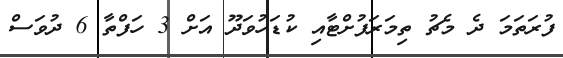
ފުރަތަމަ ދެ މެޗު ތިމަރަފުށްޓާއި ކުޑަހުވަދޫ އަށް 3 ހަފްތާ 6 ދުވަސް